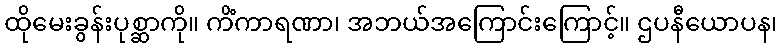
ထိုမေးခွန်းပုစ္ဆာကို။ ကိံကာရဏာ၊ အဘယ်အကြောင်းကြောင့်။ ဌပနီယောပန၊